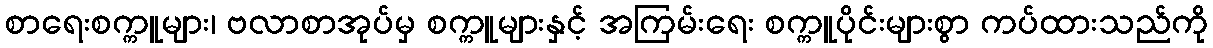
စာရေးစက္ကူများ၊ ဗလာစာအုပ်မှ စက္ကူများနှင့် အကြမ်းရေး စက္ကူပိုင်းများစွာ ကပ်ထားသည်ကို